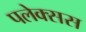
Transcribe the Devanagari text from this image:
पलेक्सस